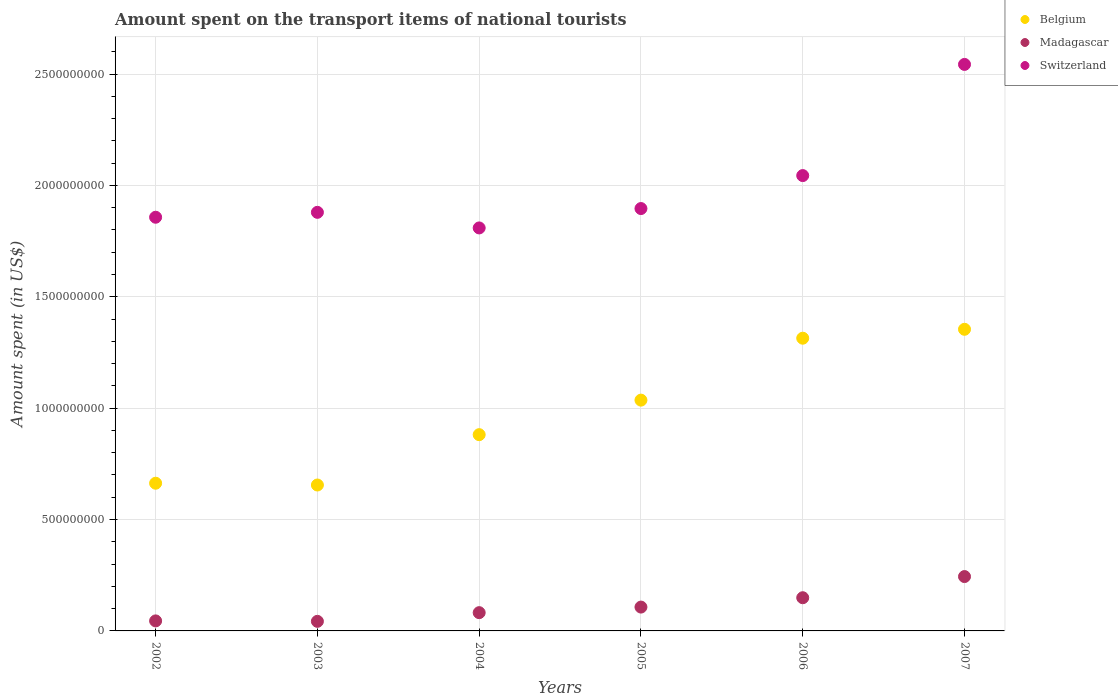
| Years | Belgium | Madagascar | Switzerland |
 | --- | --- | --- | --- |
 | 2002 | 6.63e+08 | 4.5e+07 | 1.86e+09 |
 | 2003 | 6.55e+08 | 4.3e+07 | 1.88e+09 |
 | 2004 | 8.81e+08 | 8.2e+07 | 1.81e+09 |
 | 2005 | 1.04e+09 | 1.07e+08 | 1.9e+09 |
 | 2006 | 1.31e+09 | 1.49e+08 | 2.04e+09 |
 | 2007 | 1.35e+09 | 2.44e+08 | 2.54e+09 |